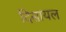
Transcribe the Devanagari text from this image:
दिसायल